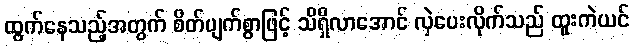
ထွက်နေသည့်အတွက် စိတ်ပျက်စွာဖြင့် သိရှိလာအောင် လှဲပေးလိုက်သည် ထူးကဲယင်